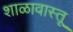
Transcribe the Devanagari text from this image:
शाळावास्तू